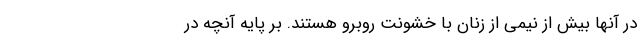
در آنها بیش از نیمی از زنان با خشونت روبرو هستند. بر پایه آنچه در